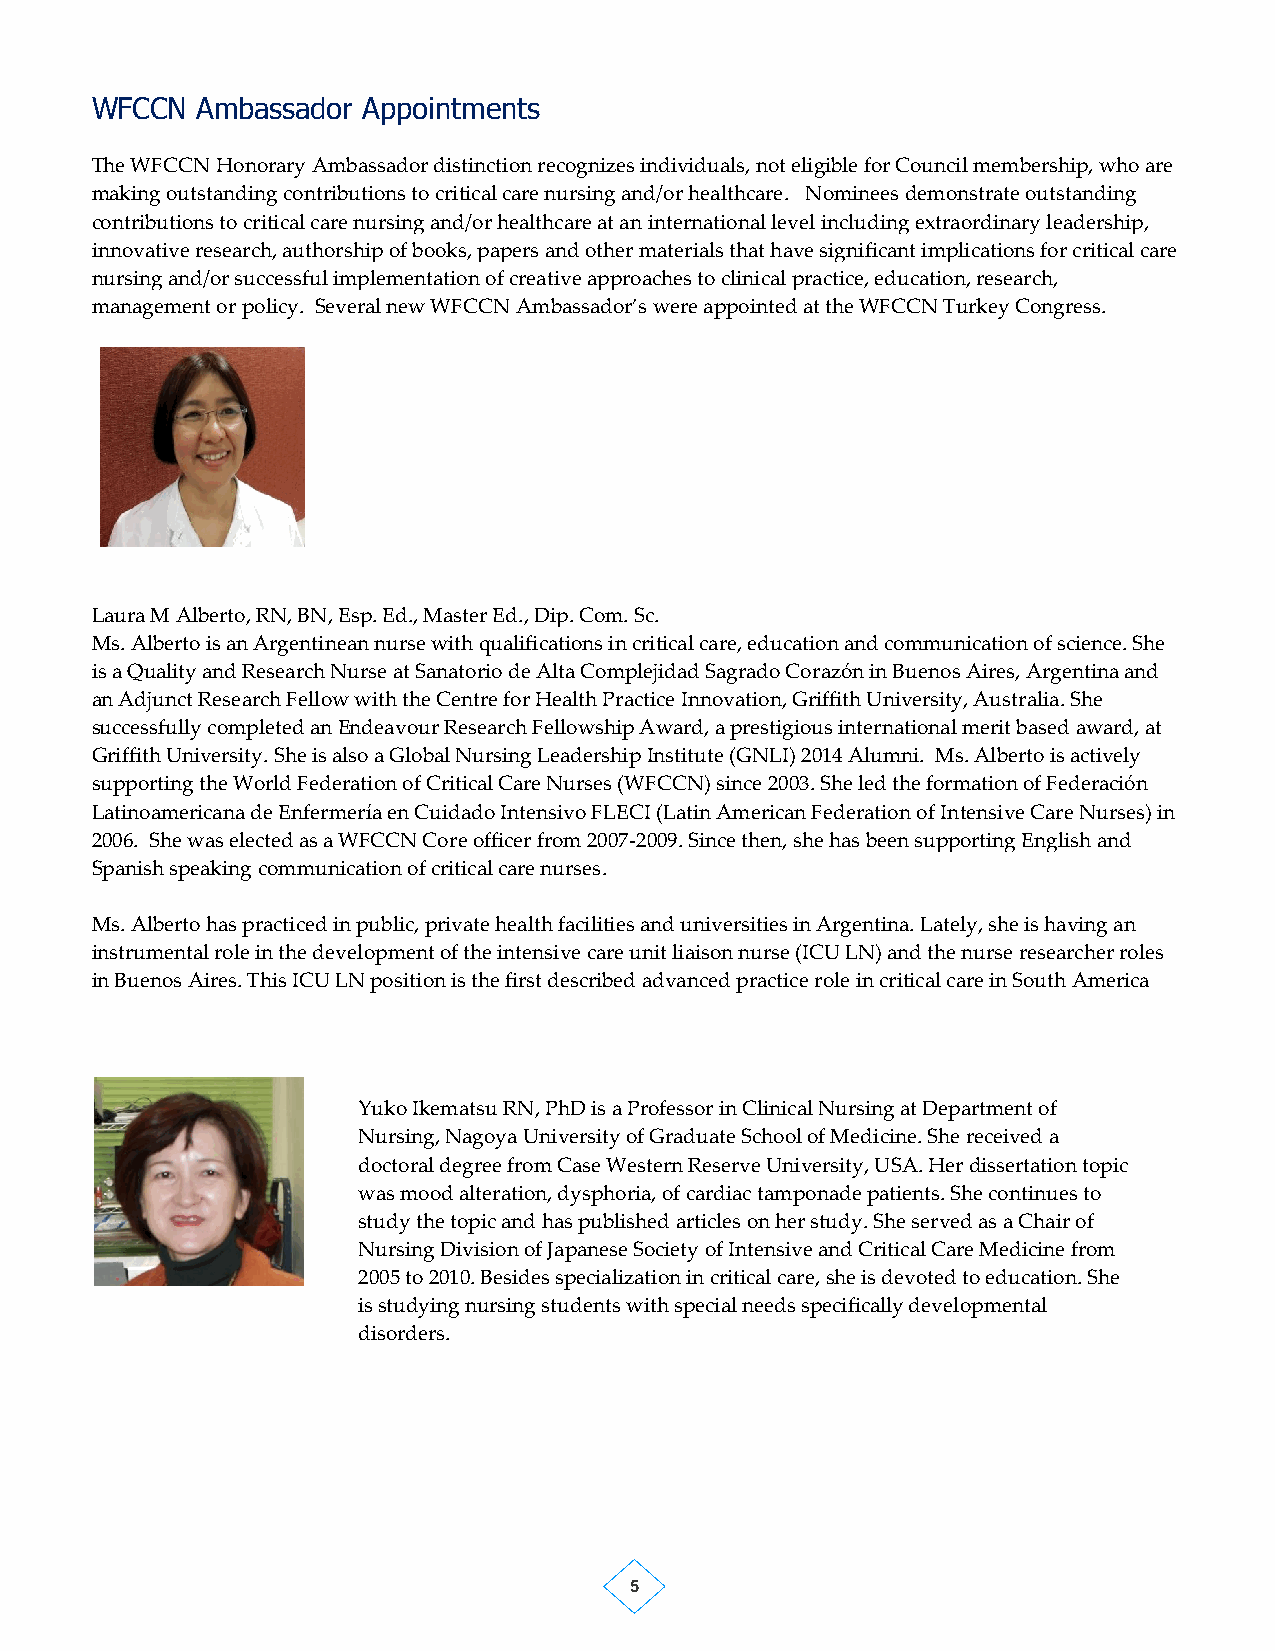
WFCCN  Ambassador Appointments
 The WFCCN Honorary Ambassador distinction recognizes individuals, not eligible for Council membership, who are
 making outstanding contributions to critical care nursing and/or healthcare. Nominees demonstrate outstanding
 contributions to critical care nursing and/or healthcare at an international level including extraordinary leadership,
 innovative research, authorship of books, papers and other materials that have significant implications for critical care
 nursing and/or successful implementation of creative approaches to clinical practice, education, research,
 management or policy. Several new WFCCN Ambassador’s were appointed at the WFCCN Turkey Congress.
 Laura M Alberto, RN, BN, Esp. Ed., Master Ed., Dip. Com. Sc.
 Ms. Alberto is an Argentinean nurse with qualifications in critical care, education and communication of science. She
 is a Quality and Research Nurse at Sanatorio de Alta Complejidad Sagrado Corazón in Buenos Aires, Argentina and
 an Adjunct Research Fellow with the Centre for Health Practice Innovation, Griffith University, Australia. She
 successfully completed an Endeavour Research Fellowship Award, a prestigious international merit based award, at
 Griffith University. She is also a Global Nursing Leadership Institute (GNLI) 2014 Alumni. Ms. Alberto is actively
 supporting the World Federation of Critical Care Nurses (WFCCN) since 2003. She led the formation of Federación
 Latinoamericana de Enfermería en Cuidado Intensivo FLECI (Latin American Federation of Intensive Care Nurses) in
 2006. She was elected as a WFCCN Core officer from 2007-2009. Since then, she has been supporting English and
 Spanish speaking communication of critical care nurses.
 Ms. Alberto has practiced in public, private health facilities and universities in Argentina. Lately, she is having an
 instrumental role in the development of the intensive care unit liaison nurse (ICU LN) and the nurse researcher roles
 in Buenos Aires. This ICU LN position is the first described advanced practice role in critical care in South America
 Yuko Ikematsu RN, PhD is a Professor in Clinical Nursing at Department of
 Nursing, Nagoya University of Graduate School of Medicine. She received a
 doctoral degree from Case Western Reserve University, USA. Her dissertation topic
 was mood alteration, dysphoria, of cardiac tamponade patients. She continues to
 study the topic and has published articles on her study. She served as a Chair of
 Nursing Division of Japanese Society of Intensive and Critical Care Medicine from
 2005 to 2010. Besides specialization in critical care, she is devoted to education. She
 is studying nursing students with special needs specifically developmental
 disorders.
 5